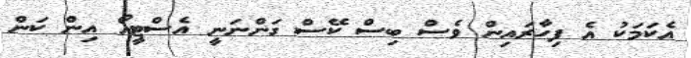
އެކަމަކު އެ ފިހާރައިން ވެސް ބިސް ކޭސް ގަންނަނީ އެސްޓީއޯ އިން ކަން